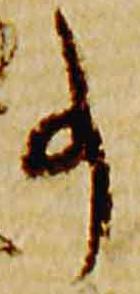
事